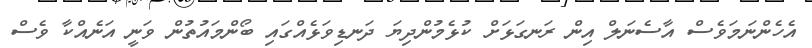
އެހެންނަމަވެސް އާސެނަލް އިން ރަނގަޅަށް ކުޅެމުންދިޔަ ދަނޑިވަޅެއްގައި ބޯންމައުތުން ވަނީ އަނެއްކާ ވެސް